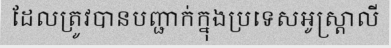
ដែលត្រូវបានបញ្ជាក់ក្នុងប្រទេសអូស្ត្រាលី